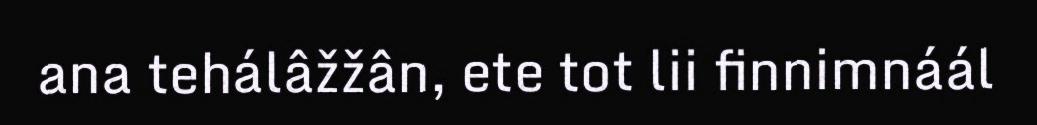
ana tehálâžžân, ete tot lii finnimnáál